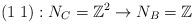
LaTeX: \begin{align*} (1\; 1):N_C=\mathbb Z^2\to N_B=\mathbb Z \end{align*}